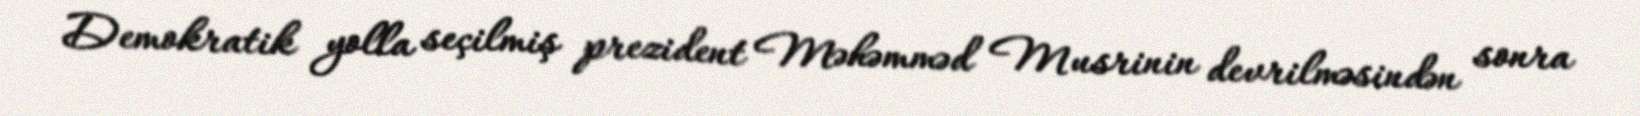
Demokratik yolla seçilmiş prezident Məhəmməd Musrinin devrilməsindən sonra